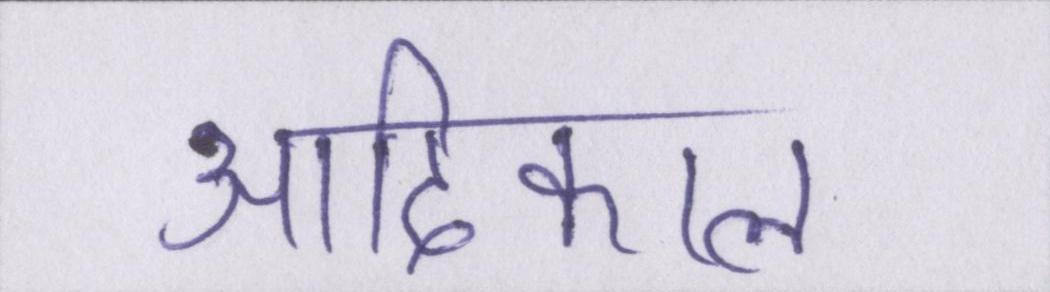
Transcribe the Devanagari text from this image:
आदिकाल